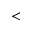
<